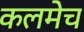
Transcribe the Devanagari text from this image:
कलमेच